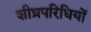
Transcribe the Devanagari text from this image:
शीघ्रपरिधियों